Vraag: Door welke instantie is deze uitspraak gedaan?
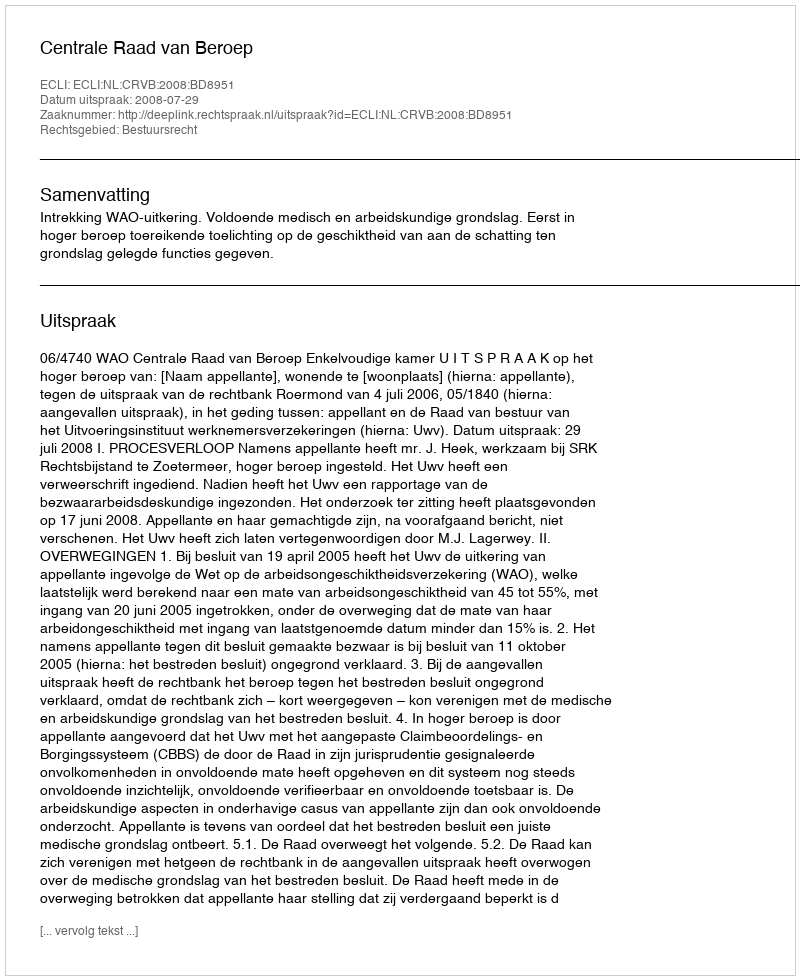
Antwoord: Centrale Raad van Beroep